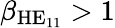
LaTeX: \beta_{\mathrm{HE}_{11}}>1